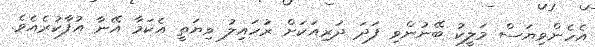
އެހެންވިޔަސް މަލީކު ބޭނުންވި ފަދަ ދަރިއަކަށް ރުހައިލު ވިޔަތީ އެކަމާ އޭނާ އުފާކުރެއެވެ.